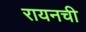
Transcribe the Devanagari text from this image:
रायनची